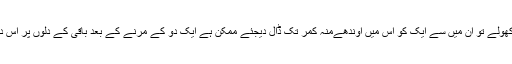
ایک جرنیل نے کہا آپ ایک دیگ میں تیل ڈال کر اس کے نیچے آگ جلا دیجئے جب تیل کھولے تو ان میں سے ایک کو اس میں اوندھےمنہ کمر تک ڈال دیجئے ممکن ہے ایک دو کے مرنے کے بعد باقی کے دلوں پر اس دہشت ناک طریقے سے آنے والی موت کا خوف سوار ہوجائے اور وہ اسلام کو چھوڑ دیں ۔